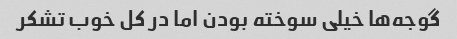
گوجه‌ها خیلی سوخته بودن اما در کل خوب تشکر